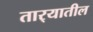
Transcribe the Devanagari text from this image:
तार्‍यातील